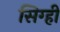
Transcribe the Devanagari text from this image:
सिग्ही